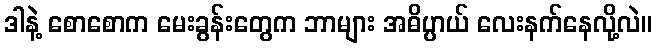
ဒါနဲ့ စောစောက မေးခွန်းတွေက ဘာများ အဓိပ္ပာယ် လေးနက်နေလို့လဲ။